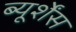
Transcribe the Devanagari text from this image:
ब्यूर्शेंस